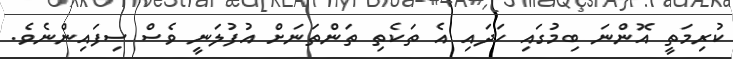
ކުރިމަތީ އޮންނަ ބިމުގައި ހަދައި އެ ތަކެތި ތަންތަނަށް އުފުލަނީ ވެސް ސިފައިންނެވެ.